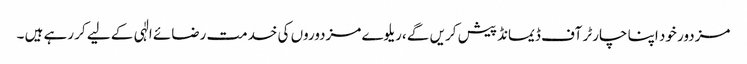
مزدور خود اپنا چارٹر آف ڈیمانڈ پیش کریں گے ،ریلوے مزدوروں کی خدمت رضائے الٰہی کے لیے کر رہے ہیں ۔